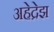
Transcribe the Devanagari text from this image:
अहेद्रेझ